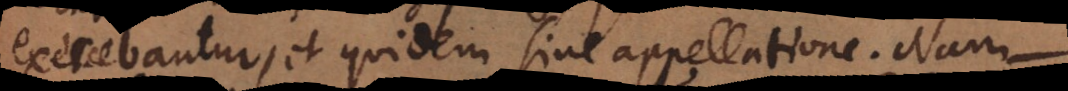
exercebantur, et quidem sine appellatione. Nam